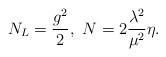
LaTeX: \begin{align*}N_L=\frac{g^{2}}{2}, ~N=2\frac{{\lambda}^2}{{\mu}^2}\eta.\end{align*}